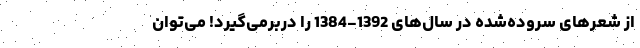
از شعرهای سروده‌شده در سال‌های 1392-1384 را دربرمی‌گیرد! می‌توان